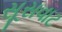
સૂસવાટ